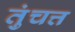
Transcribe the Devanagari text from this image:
तुंचत्त